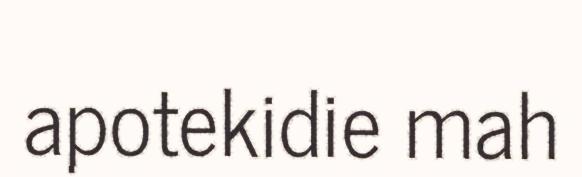
apotekidie mah